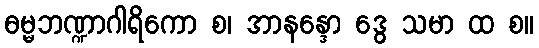
ဓမ္မဘဏ္ဍာဂါရိကော စ၊ အာနန္ဒော ဒွေ သမာ ထ စ။